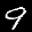
Label: 9